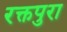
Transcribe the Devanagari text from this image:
रक्तपुरा